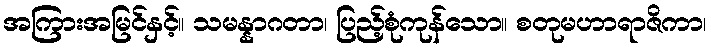
အကြားအမြင်နှင့်။ သမန္နာဂတာ၊ ပြည့်စုံကုန်သော။ စတုမဟာရာဇိကာ၊